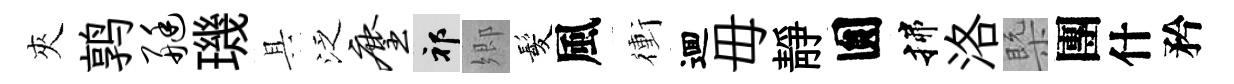
夾鹑艇璣具泛麈祁郷髪風衝逥毋靜圎揲洛槩團什矜